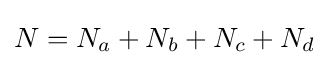
N=N_{a}+N_{b}+N_{c}+N_{d}